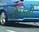
રૂપકની